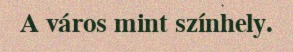
A város mint színhely.